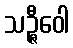
သဉ္ဇီဝေါ